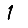
Digit: 1